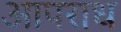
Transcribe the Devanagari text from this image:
आपराध